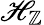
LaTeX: \mathscr{H}_{\mathbb{{Z}}}